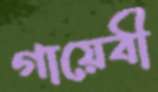
গায়েবী